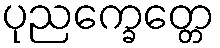
ပုညက္ခေတ္တေ